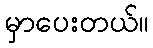
မှာပေးတယ်။